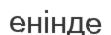
енінде